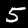
Digit: 5